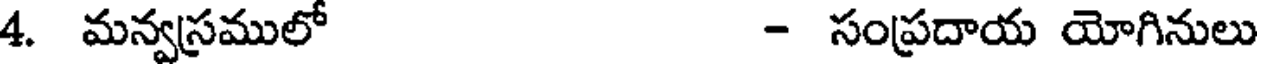
4. మన్వస్రములో - సంప్రదాయ యోగినులు